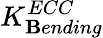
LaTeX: K_{\mathbf{B}ending}^{ECC}